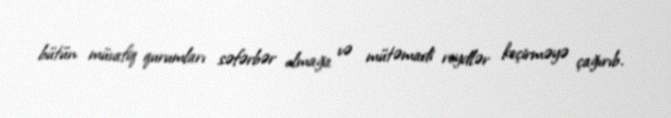
bütün müvafiq qurumları səfərbər olmağa və mütəmadi reydlər keçirməyə çağırıb.